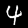
Digit: 4